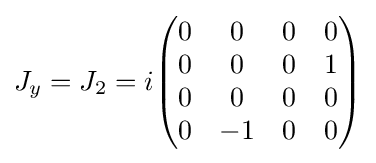
J_{y}=J_{2}=i{\begin{pmatrix}0&0&0&0\\0&0&0&1\\0&0&0&0\\0&-1&0&0\\\end{pmatrix}}